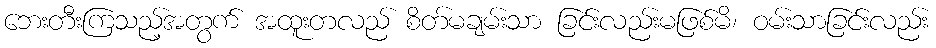
ဘေးတီးကြသည့်အတွက် အထူးတလည် စိတ်မချမ်းသာ ခြင်းလည်းမဖြစ်မိ၊ ဝမ်းသာခြင်းလည်း